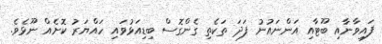
ފައިވާނާއި ބޫޓާއި އަންނައުނު ފަދަ ތަކެތި ގެންގޮސް ބިޑިއަޅުވައި ހައްޔަރު ކޮށެއް ނޫޅެވެ.